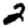
Digit: 2